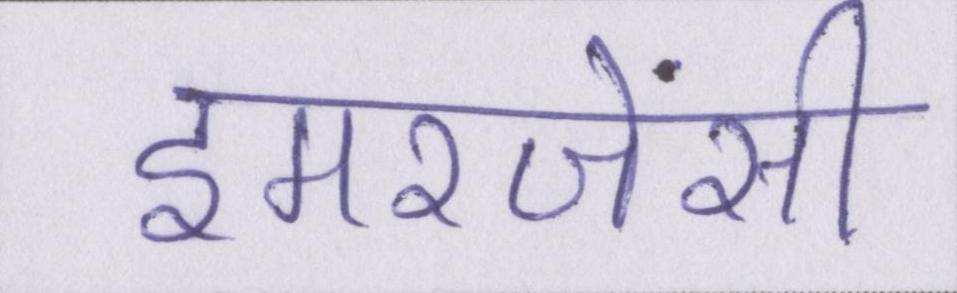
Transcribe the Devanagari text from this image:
इमरजेंसी